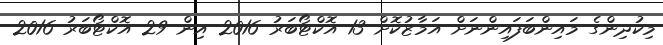
މިކުދިންގެ މައިންބަފައިންނަށް އަމާޒުކޮށް 13 އޮކްޓޯބަރު 2016 އިން 29 އޮކްޓޯބަރު 2016